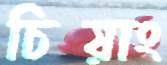
চিয়াং